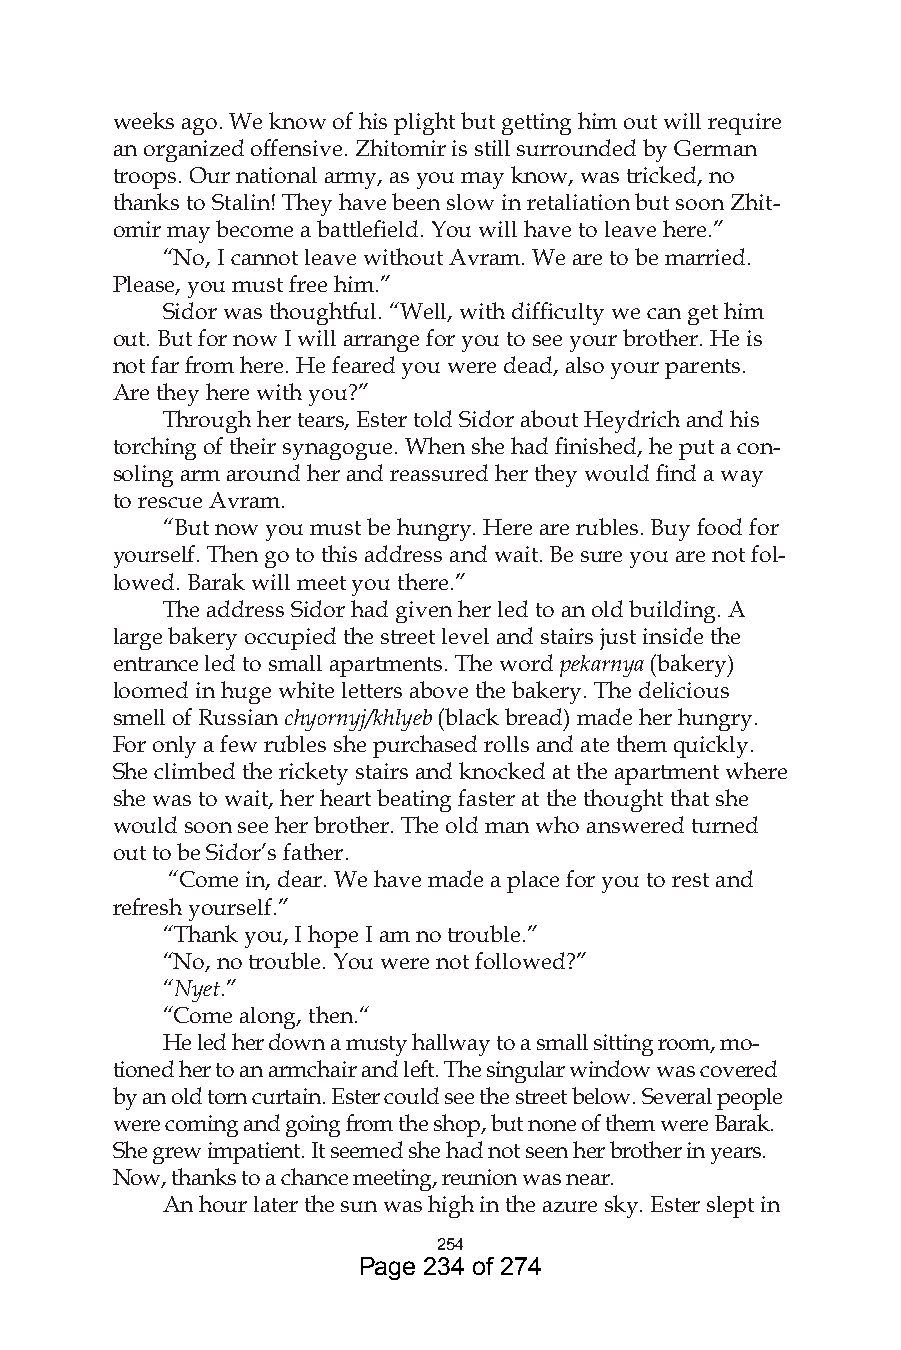
weeks ago. We know of his plight but getting him out will require
 an organized offensive. Zhitomir is still surrounded by German
 troops. Our national army, as you may know, was tricked, no
 thanks to Stalin! They have been slow in retaliation but soon Zhit-
 omir may become a battlefield. You will have to leave here.”
 “No, I cannot leave without Avram. We are to be married.
 Please, you must free him.”
 Sidor was thoughtful. “Well, with difficulty we can get him
 out. But for now I will arrange for you to see your brother. He is
 not far from here. He feared you were dead, also your parents.
 Are they here with you?”
 Through her tears, Ester told Sidor about Heydrich and his
 torching of their synagogue. When she had finished, he put a con-
 soling arm around her and reassured her they would find a way
 to rescue Avram.
 “But now you must be hungry. Here are rubles. Buy food for
 yourself. Then go to this address and wait. Be sure you are not fol-
 lowed. Barak will meet you there.”
 The address Sidor had given her led to an old building. A
 large bakery occupied the street level and stairs just inside the
 entrance led to small apartments. The word pekarnya (bakery)
 loomed in huge white letters above the bakery. The delicious
 smell of Russian chyornyj/khlyeb (black bread) made her hungry.
 For only a few rubles she purchased rolls and ate them quickly.
 She climbed the rickety stairs and knocked at the apartment where
 she was to wait, her heart beating faster at the thought that she
 would soon see her brother. The old man who answered turned
 out to be Sidor’s father.
 “Come in, dear. We have made a place for you to rest and
 refresh yourself.”
 “Thank you, I hope I am no trouble.”
 “No, no trouble. You were not followed?”
 “Nyet.”
 “Come along, then.“
 He led her down a musty hallway to a small sitting room, mo-
 tioned her to an armchair and left. The singular window was covered
 by an old torn curtain. Ester could see the street below. Several people
 were coming and going from the shop, but none of them were Barak.
 She grew impatient. It seemed she had not seen her brother in years.
 Now, thanks to a chance meeting, reunion was near.
 An hour later the sun was high in the azure sky. Ester slept in
 54
 Page 234 of 274